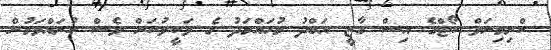
ކްރިމިނަލް ކޯޓްގެ އިސް ގާޒީ އަބްދު މުހައްމަދު ގެ ވަކީލުކަން ވެސް ކުރައްވަމުން